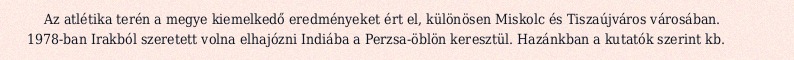
Az atlétika terén a megye kiemelkedő eredményeket ért el, különösen Miskolc és Tiszaújváros városában. 1978-ban Irakból szeretett volna elhajózni Indiába a Perzsa-öblön keresztül. Hazánkban a kutatók szerint kb.